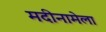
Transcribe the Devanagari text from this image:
मदीनामेला